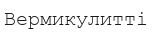
Вермикулитті